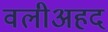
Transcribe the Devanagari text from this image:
वलीअहद